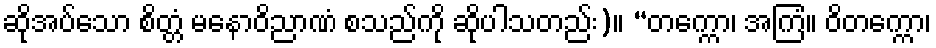
ဆိုအပ်သော စိတ္တံ မနောဝိညာဏံ စသည်ကို ဆိုပါသတည်း)။ “တက္ကော၊ အကြံ။ ဝိတက္ကော၊